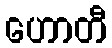
ဟောတီ